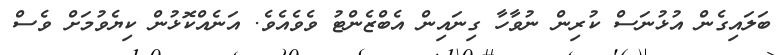
ބަލައިގެން އުޅުނަސް ކުރިން ނުވާހާ ގިނައިން އެބްޒެންޓު ވެވެއެވެ. އަނެއްކޮޅުން ކިޔެވުމަށް ވެސް